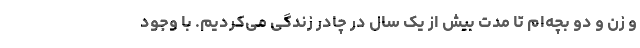
و زن و دو بچه‌ام تا مدت بیش از یک سال در چادر زندگی می‌کردیم. با وجود